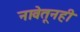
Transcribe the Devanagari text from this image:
नावेतूनही